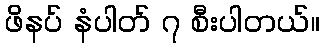
ဖိနပ် နံပါတ် ၇ စီးပါတယ်။